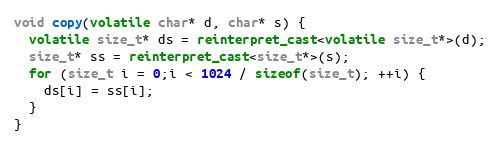
Language: C++
void copy(volatile char* d, char* s) {
  volatile size_t* ds = reinterpret_cast<volatile size_t*>(d);
  size_t* ss = reinterpret_cast<size_t*>(s);
  for (size_t i = 0;i < 1024 / sizeof(size_t); ++i) {
    ds[i] = ss[i];
  }
}